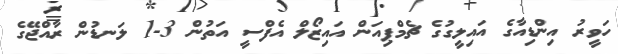
ހަވީރު އިންޑިއާގެ އައިލީގުގެ ޗެމްޕިއަން އައިޒޯލް އެފްސީ އަތުން 3-1 ލަނޑުން ރާއްޖޭގެ